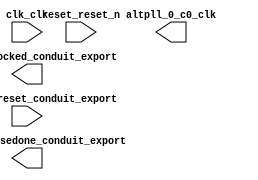

module vga_clk (
	clk_clk,
	reset_reset_n,
	altpll_0_c0_clk,
	altpll_0_phasedone_conduit_export,
	altpll_0_locked_conduit_export,
	altpll_0_areset_conduit_export);	

	input		clk_clk;
	input		reset_reset_n;
	output		altpll_0_c0_clk;
	output		altpll_0_phasedone_conduit_export;
	output		altpll_0_locked_conduit_export;
	input		altpll_0_areset_conduit_export;
endmodule